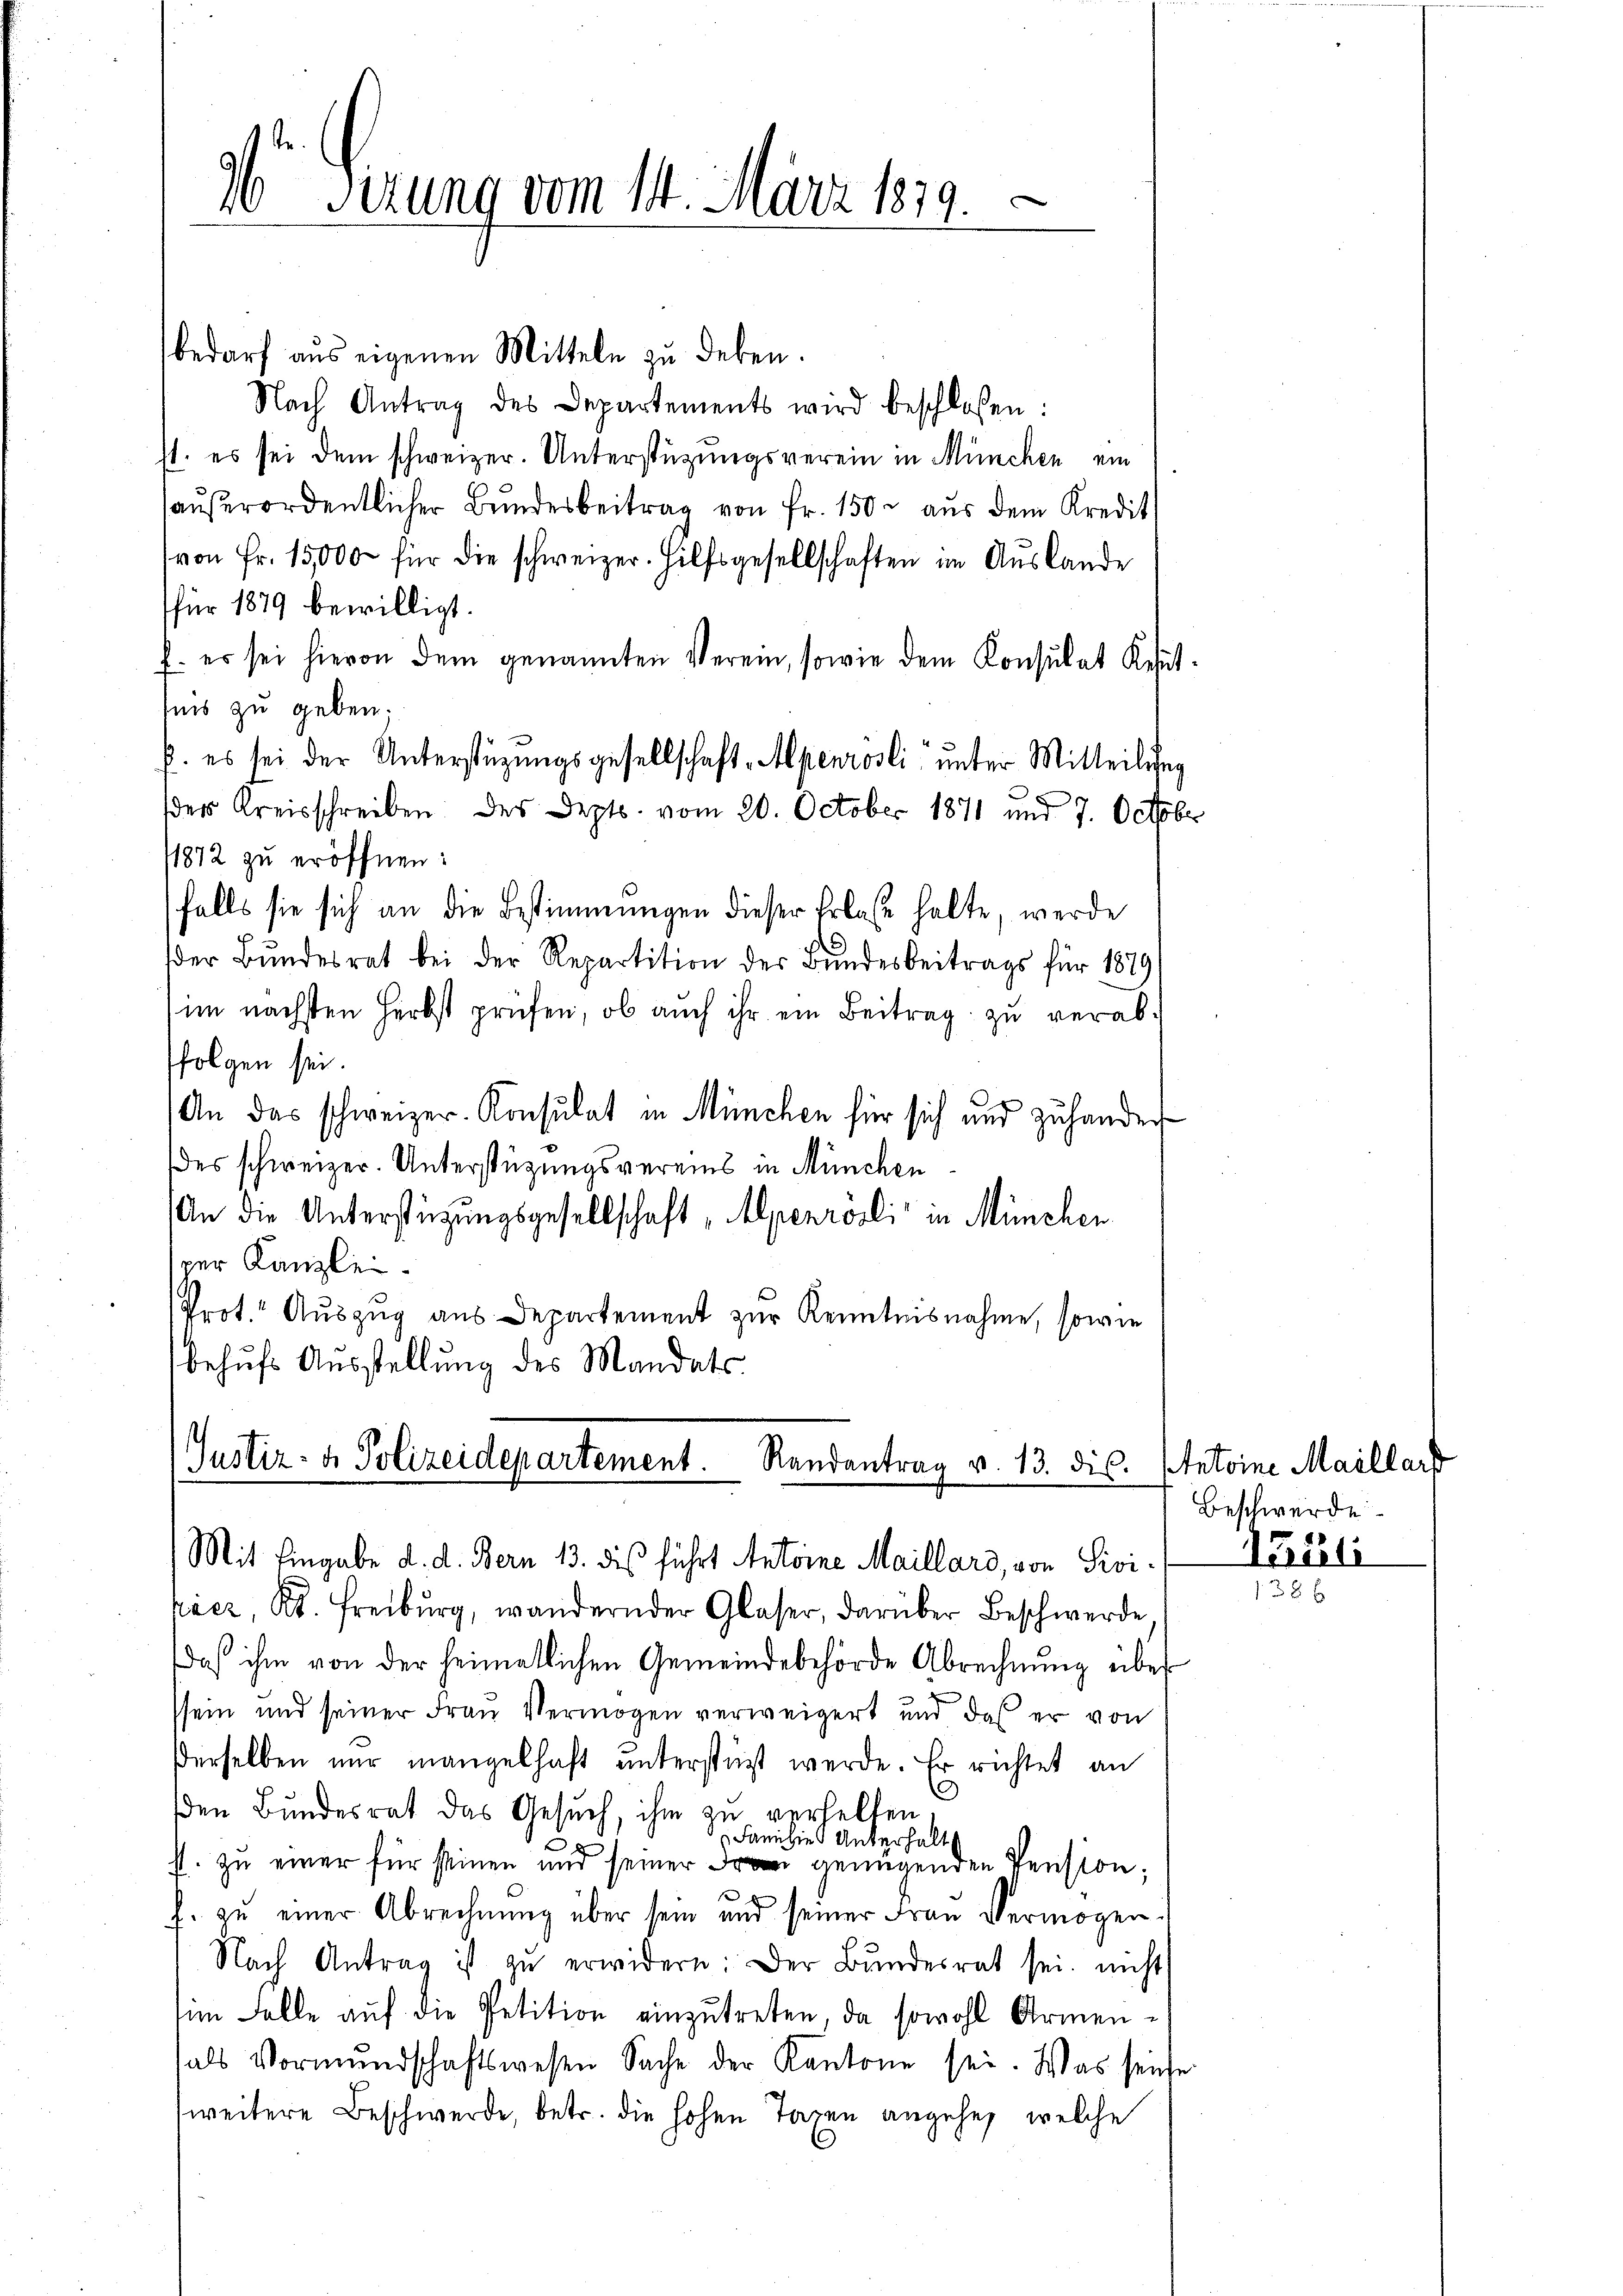
bedarf aus eigenen Mitteln zu deben.
Nach Antrag des Departements wird beschloßen:
st. es sei dem schweizer. Unterstützungsverein in München ein
haŭβerordentlicher Bŭndesbeitrag von Fr. 150 aus dem Kredit
von Fr. 15,000 für die schweizer. Hilfsgesellschaften im Auslande
für 1879 bewilligt.
f. er sei hievon dem genannten Verein, sowie dem Konsulat Resutfnis zu geben.
p. es sei der Unterstüzungsgesellschaft-Alpenrosli unter Mitteilung
der Kreisschreiben des Depts. vom 20. October 1871 und 7. October
1872 zu eröffnen:
falls sie sich an die Bestimmungen dieser Erlasse halte, werde
der Bŭndesrat bei der Repartition der Bundesbeitrags für 1879
im nächsten Herbst prüfen, ob auch ihr ein Beitrag zu verabfolgen sei.
An das schweizer-Konsulat in München für sich und zuhander
des schweizer. Unterstützungsvereins in München
An die Unterstüzungsgesellschaft „Alpenrösli in München
ver Kanzlei.
Prot. Auszug aus Departement zur Kenntnisnahme, sowie
behufs Ausstellung des Mandats-

Sirung vom 14. März 1819.

Justiz- & Polizeidepartement. Randantrag v. 13. dies. Antoine Maillar
Mit Eingabe d. d. Bern 13. dies führt Antoine Maillard, von Sivi-

kácz, Kt. Freiburg, wandernder Glaser, darüber Beschwerde
daß ihm von der heimatlichen Gemeindebehörde Abrechnŭng über
ssein und seiner Frau Vermögen verweigert und daß er von
derselben nur mangelhaft ŭnterstüzt werde. Er richtet an
den Bundesrat das Gesuch, ihm zu verhalten
Familie Unterhalt
h
st. zu einer für seinen und seiner genügenden Pension;
.
f. zu einer Abrechnŭng über sein und seiner Frau Vermögen.
Nach Antrag ist zŭ erwidern: Der Bŭndesrat sei, nicht
im Falle auf die Petition einzutreten, da sowohl Armenals Vormŭndschaftswesen Sache der Kantone sei. Was seiche
weitere Beschwerde, betr. die hohen Taxen angehe, welche

Beschwerde

4521